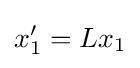
x_{1}'=Lx_{1}